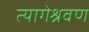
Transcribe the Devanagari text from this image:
त्यागेश्रवण